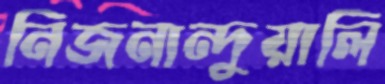
নিজনান্দুয়ালি